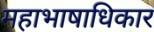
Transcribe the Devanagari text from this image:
महाभाषाधिकार